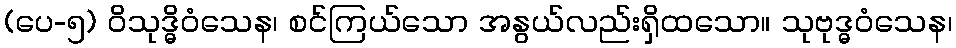
(ပေ-၅) ဝိသုဒ္ဓိဝံသေန၊ စင်ကြယ်သော အနွယ်လည်းရှိထသော။ သုဗုဒ္ဓဝံသေန၊